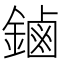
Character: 鏀